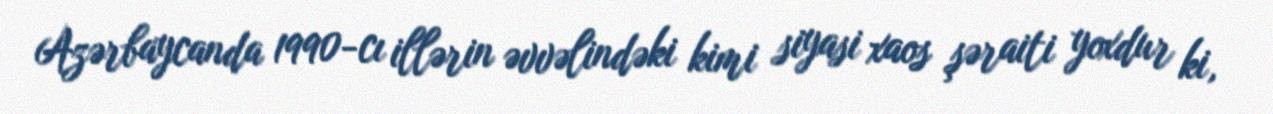
Azərbaycanda 1990-cı illərin əvvəlindəki kimi siyasi xaos şəraiti yoxdur ki,